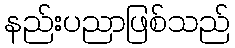
နည်းပညာဖြစ်သည်